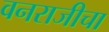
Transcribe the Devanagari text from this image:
वनराजीचा